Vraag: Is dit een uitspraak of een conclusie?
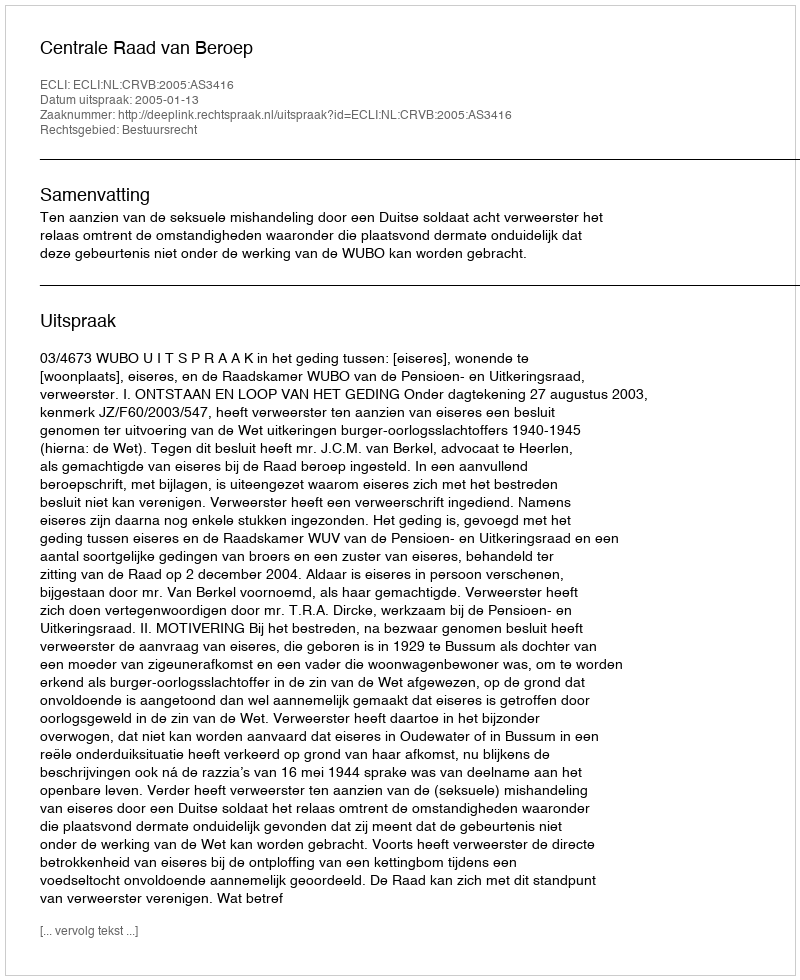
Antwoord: Uitspraak